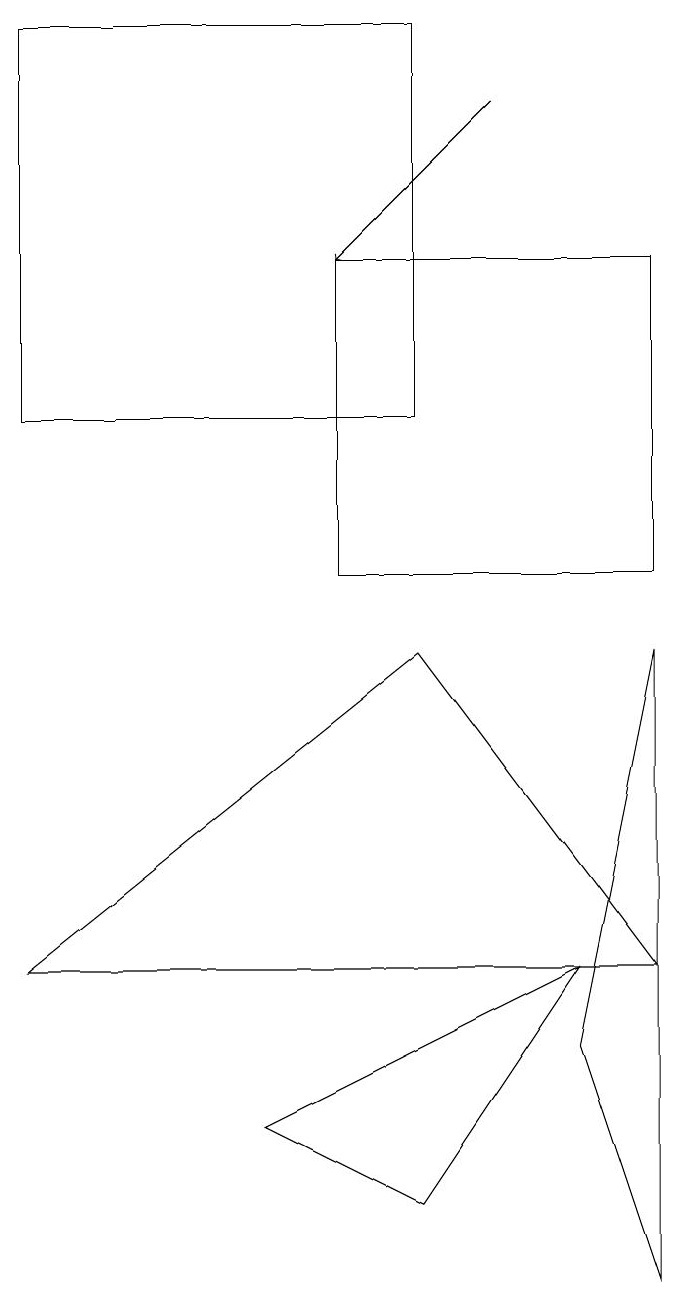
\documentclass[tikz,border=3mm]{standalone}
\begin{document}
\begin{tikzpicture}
\draw (0,5) -- (5,9) -- (8,5) -- cycle;
\draw (4,14) rectangle (8,10);
\draw (8,1) -- (8,9) -- (7,4) -- cycle;
\draw[->] (6,16) -- (4,14);
\draw (5,17) rectangle (0,12);
\draw (3,3) -- (5,2) -- (7,5) -- cycle;
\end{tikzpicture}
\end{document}